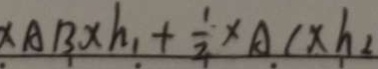
\times A B \times h _ { 1 } + \frac { 1 } { 2 } \times A C \times h _ { 2 }